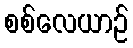
စစ်လေယာဉ်